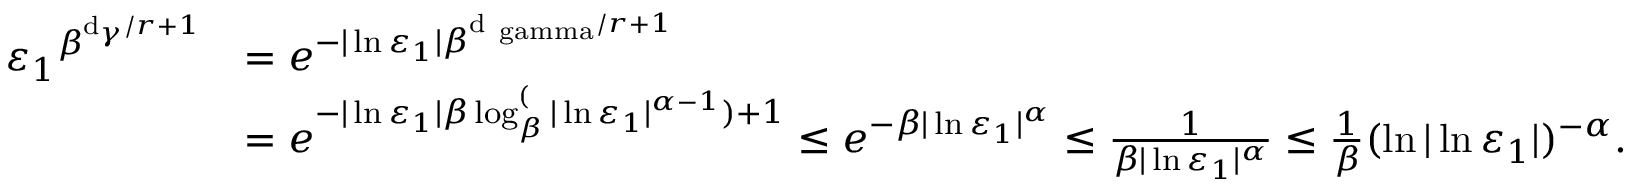
\begin{array} { r l } { { \varepsilon _ { 1 } } ^ { \beta ^ { \mathrm d _ { \gamma } / r + 1 } } } & { = { e ^ { - | \ln { \varepsilon _ { 1 } } | \beta ^ { \mathrm { d _ { \ g a m m a } } / r + 1 } } } } \\ & { = { e ^ { - | \ln { \varepsilon _ { 1 } } | \beta \log _ { { \beta } } ^ ( | \ln { \varepsilon _ { 1 } } { | ^ { \alpha - 1 } } ) + 1 } } \leq { e ^ { - { \beta } | \ln { \varepsilon _ { 1 } } { | ^ { \alpha } } } } \leq \frac { 1 } { \beta | \ln { \varepsilon _ { 1 } } { | ^ { \alpha } } } \leq \frac { 1 } { \beta } ( \ln | \ln \varepsilon _ { 1 } | ) ^ { - \alpha } . } \end{array}